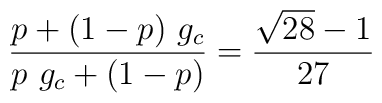
{p  + ( 1 - p ) \ g_c  \over p \ g_c + ( 1 -p) } = {\sqrt{28} - 1 \over27}